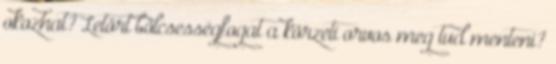
okozhat? Letört bölcsességfogat a körzeti orvos meg tud menteni?